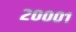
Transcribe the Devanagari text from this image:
२०००१